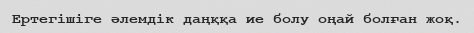
Ертегішіге әлемдік даңққа ие болу оңай болған жоқ.